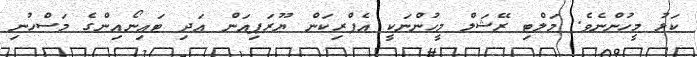
ކަޅު މީހުންނެވެ. މަލްޓި ރޭޝަލް މީހުންނަކީ އެފްރިކަން ޔޫރަޕިއަން އަދި ޓައިނޯއިންގެ މަސްހުނި